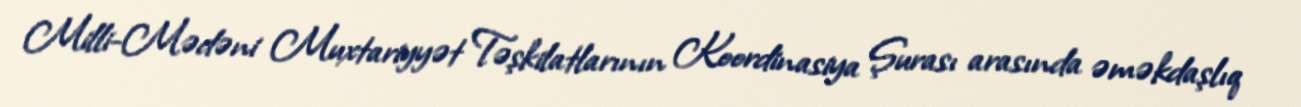
Milli-Mədəni Muxtariyyət Təşkilatlarının Koordinasiya Şurası arasında əməkdaşlıq